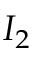
I _ { 2 }